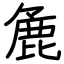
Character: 麁